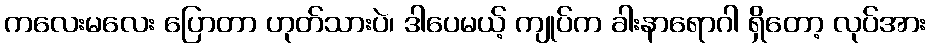
ကလေးမလေး ပြောတာ ဟုတ်သားပဲ၊ ဒါပေမယ့် ကျုပ်က ခါးနာရောဂါ ရှိတော့ လုပ်အား